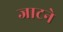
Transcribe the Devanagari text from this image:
जाटने